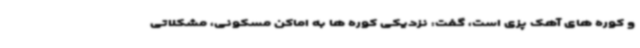
و کوره های آهک پزی است، گفت: نزدیکی کوره ها به اماکن مسکونی، مشکلاتی